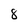
Character: 8